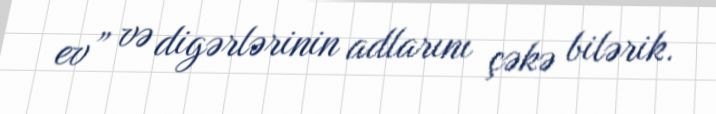
ev” və digərlərinin adlarını çəkə bilərik.